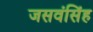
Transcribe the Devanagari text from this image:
जसवंसिंह